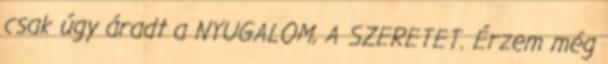
csak úgy áradt a NYUGALOM, A SZERETET. Érzem még